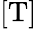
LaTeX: [\mathrm{T}]